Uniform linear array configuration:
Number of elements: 8
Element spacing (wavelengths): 0.75
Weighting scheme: uniform
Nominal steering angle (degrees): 30
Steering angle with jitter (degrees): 28.792
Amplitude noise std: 0.05
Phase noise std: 0.05

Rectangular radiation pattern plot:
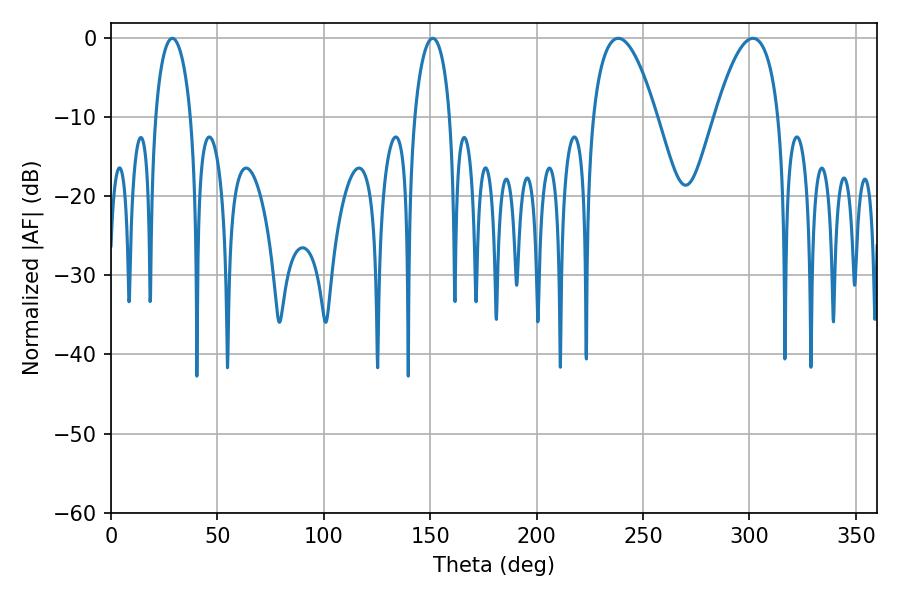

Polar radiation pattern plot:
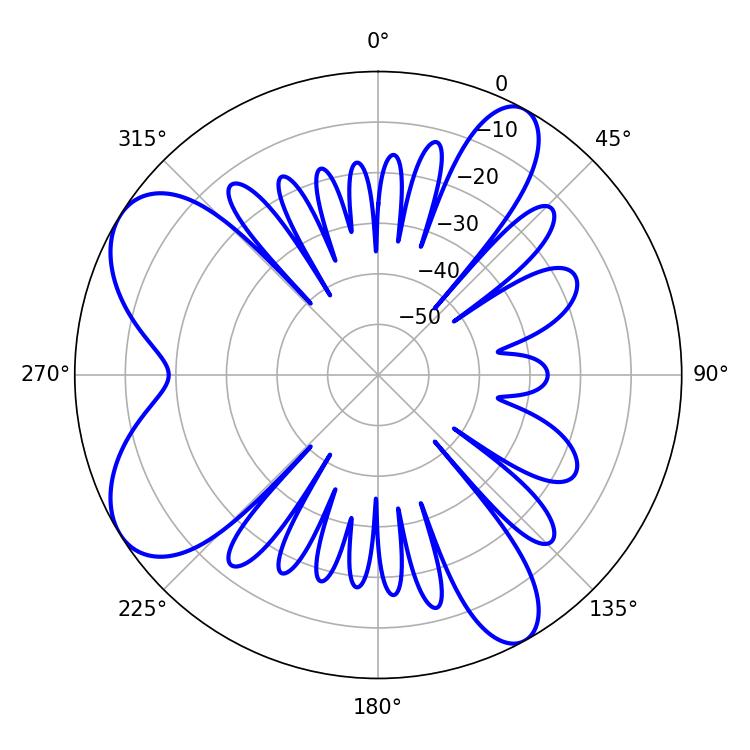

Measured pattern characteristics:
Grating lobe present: TRUE
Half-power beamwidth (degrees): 9.54
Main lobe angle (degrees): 28.8